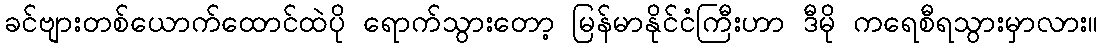
ခင်ဗျားတစ်ယောက်ထောင်ထဲပို ရောက်သွားတော့ မြန်မာနိုင်ငံကြီးဟာ ဒီမို ကရေစီရသွားမှာလား။